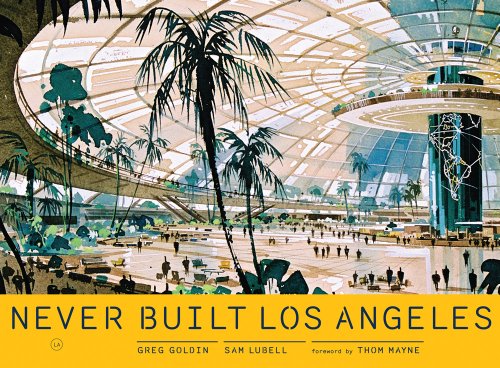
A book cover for Never Built Los Angeles; Sam Lubell; Arts & Photography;